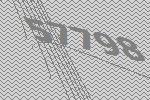
57798